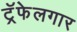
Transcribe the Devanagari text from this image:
ट्रॅफेलगार